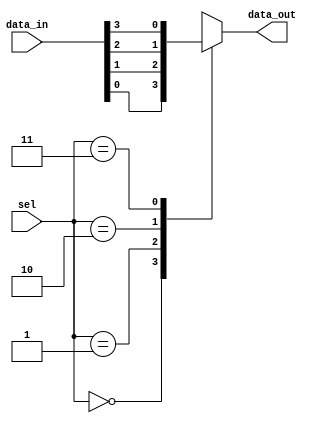
module mux_4to1(input [3:0] data_in,
                 input [1:0] sel,
                 output reg data_out);

always @(*) begin
    case(sel)
        2'b00: data_out = data_in[0]; // Select input 0
        2'b01: data_out = data_in[1]; // Select input 1
        2'b10: data_out = data_in[2]; // Select input 2
        2'b11: data_out = data_in[3]; // Select input 3
        default: data_out = 1'b0;     // Default to 0
    endcase
end

endmodule